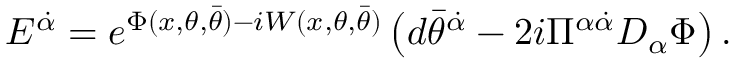
{ E } ^ { \dot { \alpha } } = e ^ { \Phi ( x , \theta , \bar { \theta } ) - i W ( x , \theta , \bar { \theta } ) } \left( d \bar { \theta } ^ { \dot { \alpha } } - { 2 i } \Pi ^ { \alpha \dot { \alpha } } D _ { \alpha } \Phi \right) .